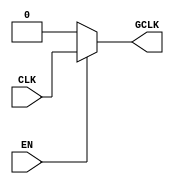
module ClockGating(
    input wire CLK,       // Primary clock signal
    input wire EN,        // Enable signal for clock gating
    output wire GCLK      // Gated clock output
);

// Gating Logic
assign GCLK = EN ? CLK : 1'b0; // Gated clock: follows CLK when EN is high, otherwise low

endmodule